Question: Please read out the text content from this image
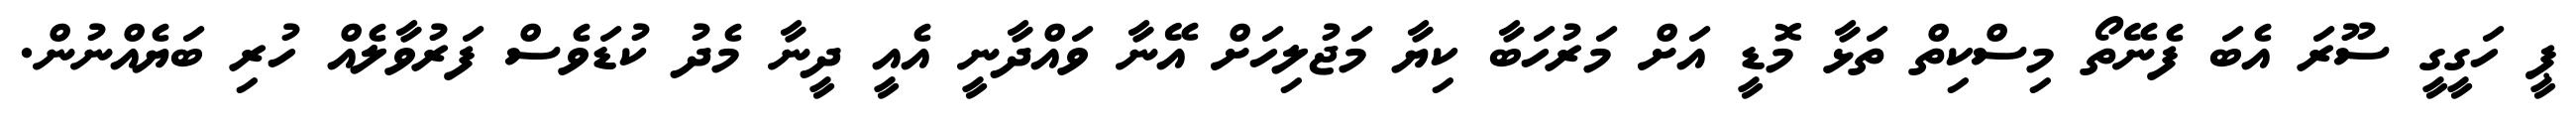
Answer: ޕީ ހަގީގީ ސޫރަ އެބަ ފެނޭތޯ މިސްކިތް ތަޅާ މޮޑީ އަށް މަރުހަބާ ކިޔާ މަޖުލިހަށް އޭނާ ވައްދާނީ އެއީ ދީނާ މެދު ކުޑަވެސް ފަރުވާލެއް ހުރި ބަޔެއްނުން.